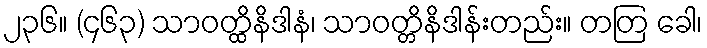
၂၃၆။ (၄၆၃) သာဝတ္ထိနိဒါနံ၊ သာဝတ္တိနိဒါန်းတည်း။ တတြ ခေါ၊